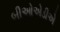
બીઓએડીએ